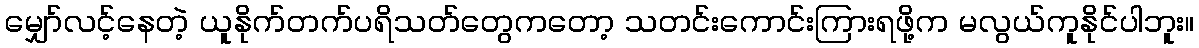
မျှော်လင့်နေတဲ့ ယူနိုက်တက်ပရိသတ်တွေကတော့ သတင်းကောင်းကြားရဖို့က မလွယ်ကူနိုင်ပါဘူး။